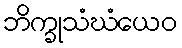
ဘိက္ခုသံဃံယေဝ